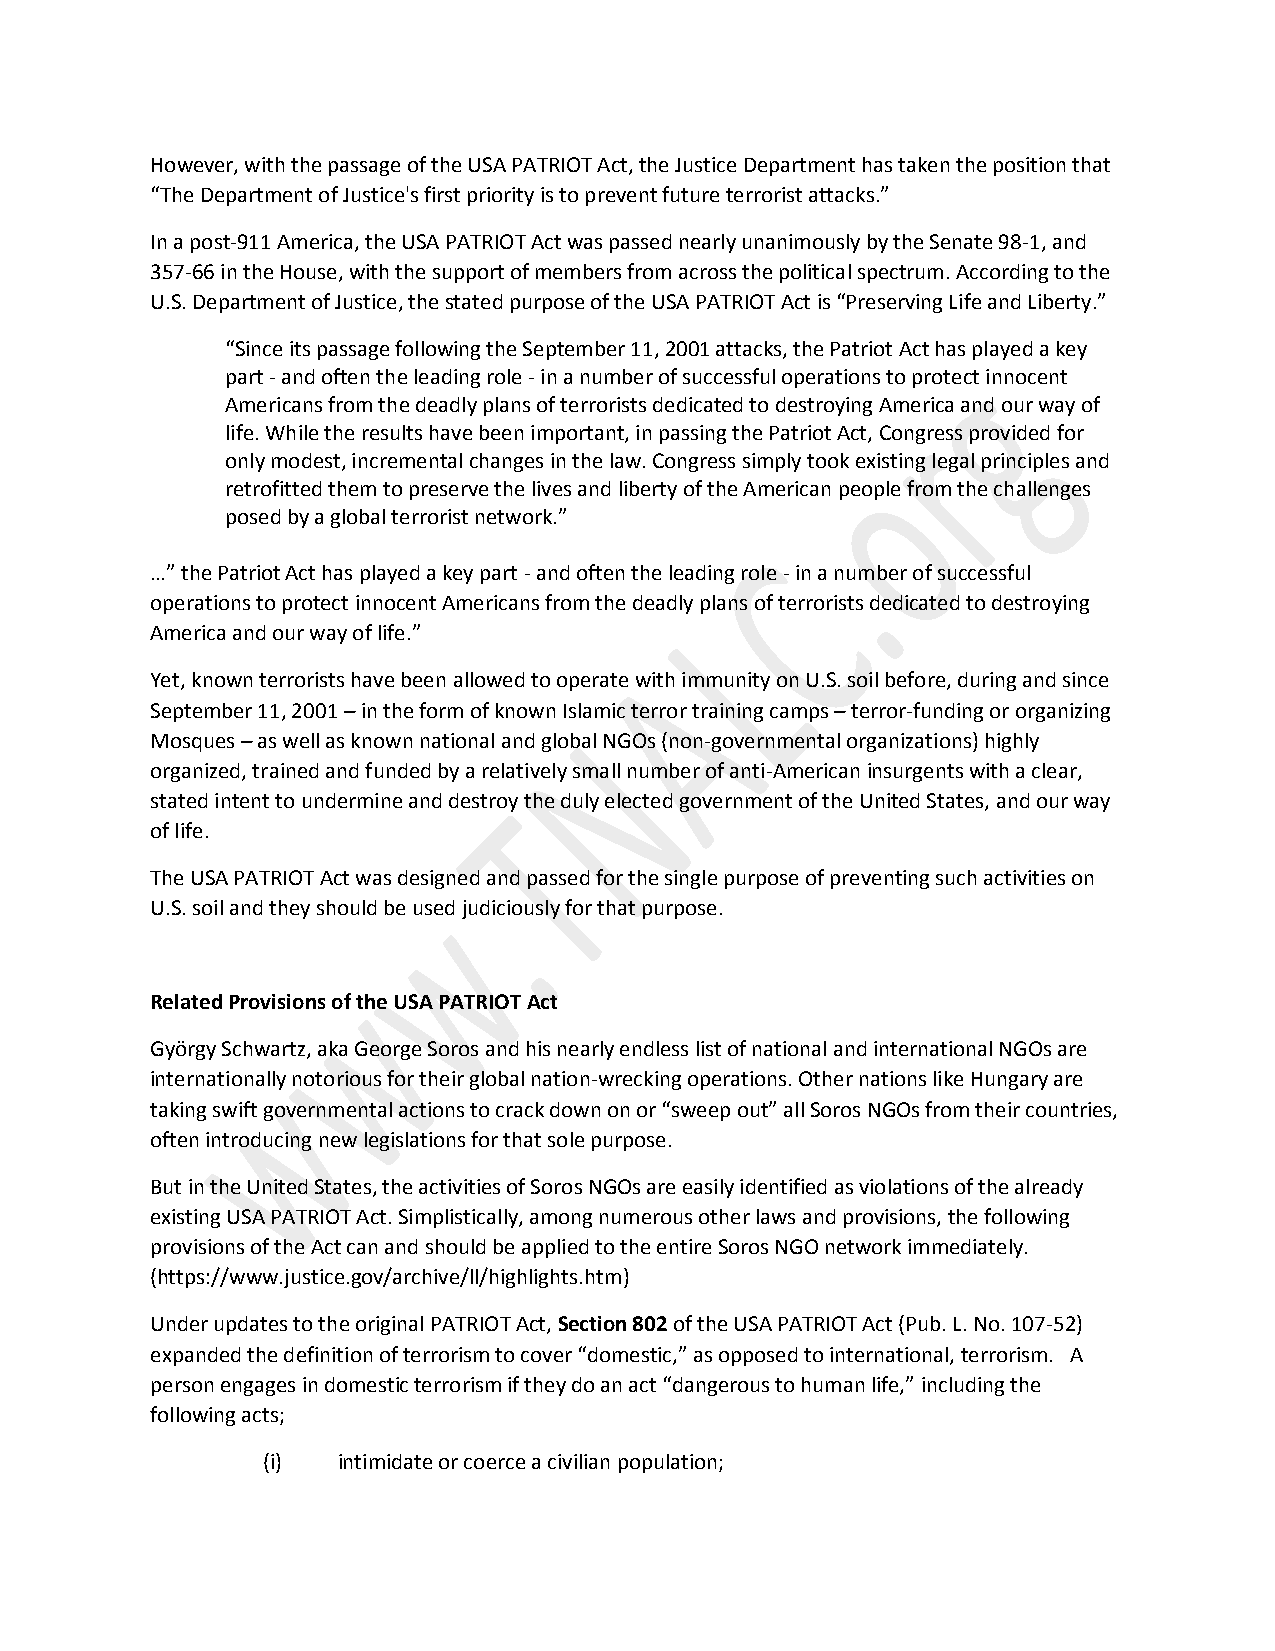
However, with the passage of the USA PATRIOT Act, the Justice Department has taken the position that
 “The Department of Justice's first priority is to prevent future terrorist attacks.”
 In a post-911 America, the USA PATRIOT Act was passed nearly unanimously by the Senate 98-1, and
 357-66 in the House, with the support of members from across the political spectrum. According to the
 U.S. Department of Justice, the stated purpose of the USA PATRIOT Act is “Preserving Life and Liberty.”
 “Since its passage following the September 11, 2001 attacks, the Patriot Act has played a key
 part - and often the leading role - in a number of successful operations to protect innocent
 Americans from the deadly plans of terrorists dedicated to destroying America and our way of
 life. While the results have been important, in passing the Patriot Act, Congress provided for
 only modest, incremental changes in the law. Congress simply took existing legal principles and
 retrofitted them to preserve the lives and liberty of the American people from the challenges
 posed by a global terrorist network.”
 …” the Patriot Act has played a key part - and often the leading role - in a number of successful
 operations to protect innocent Americans from the deadly plans of terrorists dedicated to destroying
 America and our way of life.”
 Yet, known terrorists have been allowed to operate with immunity on U.S. soil before, during and since
 September 11, 2001 – in the form of known Islamic terror training camps – terror-funding or organizing
 Mosques – as well as known national and global NGOs (non-governmental organizations) highly
 organized, trained and funded by a relatively small number of anti-American insurgents with a clear,
 stated intent to undermine and destroy the duly elected government of the United States, and our way
 of life.
 The USA PATRIOT Act was designed and passed for the single purpose of preventing such activities on
 U.S. soil and they should be used judiciously for that purpose.
 Related Provisions of the USA PATRIOT Act
 György Schwartz, aka George Soros and his nearly endless list of national and international NGOs are
 internationally notorious for their global nation-wrecking operations. Other nations like Hungary are
 taking swift governmental actions to crack down on or “sweep out” all Soros NGOs from their countries,
 often introducing new legislations for that sole purpose.
 But in the United States, the activities of Soros NGOs are easily identified as violations of the already
 existing USA PATRIOT Act. Simplistically, among numerous other laws and provisions, the following
 provisions of the Act can and should be applied to the entire Soros NGO network immediately.
 (https://www.justice.gov/archive/ll/highlights.htm)
 Under updates to the original PATRIOT Act, Section 802 of the USA PATRIOT Act (Pub. L. No. 107-52)
 expanded the definition of terrorism to cover “domestic,” as opposed to international, terrorism. A
 person engages in domestic terrorism if they do an act “dangerous to human life,” including the
 following acts;
 (i)  intimidate or coerce a civilian population;